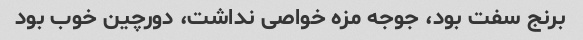
برنج سفت بود، جوجه مزه خواصی نداشت، دورچین خوب بود